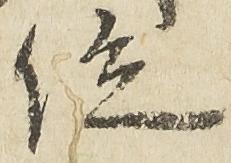
位